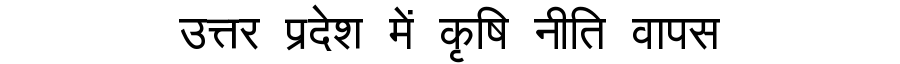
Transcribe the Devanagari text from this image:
उत्तर प्रदेश में कृषि नीति वापस